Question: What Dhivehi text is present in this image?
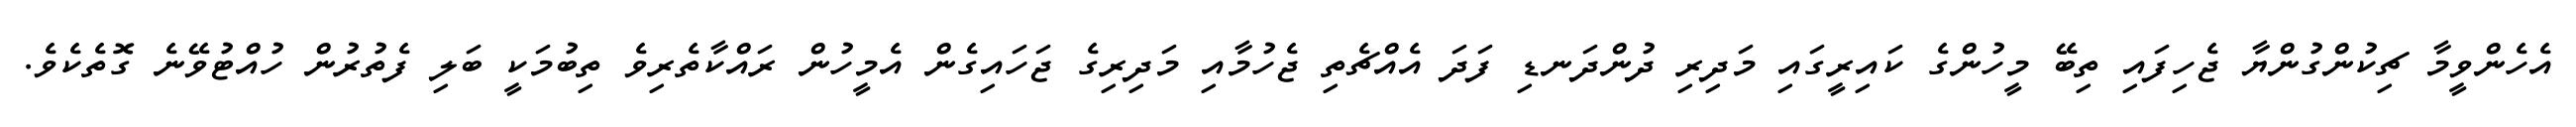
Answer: އެހެންވީމާ ޗިކުންގުންޔާ ޖެހިފައި ތިބޭ މީހުންގެ ކައިރީގައި މަދިރި ދުންދަނޑި ފަދަ އެއްޗެތި ޖެހުމާއި މަދިރިގެ ޖަހައިގެން އެމީހުން ރައްކާތެރިވެ ތިބުމަކީ ބަލި ފެތުރުން ހުއްޓުވޭނެ ގޮތެކެވެ.